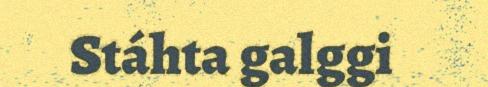
Stáhta galggi